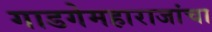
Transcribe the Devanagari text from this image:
गाडगेमहाराजांचा